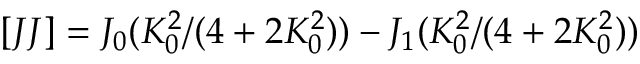
[ J J ] = J _ { 0 } ( K _ { 0 } ^ { 2 } / ( 4 + 2 K _ { 0 } ^ { 2 } ) ) - J _ { 1 } ( K _ { 0 } ^ { 2 } / ( 4 + 2 K _ { 0 } ^ { 2 } ) )